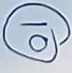
(10)